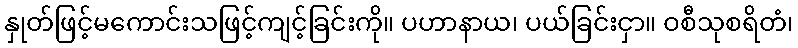
နှုတ်ဖြင့်မကောင်းသဖြင့်ကျင့်ခြင်းကို။ ပဟာနာယ၊ ပယ်ခြင်းငှာ။ ဝစီသုစရိတံ၊